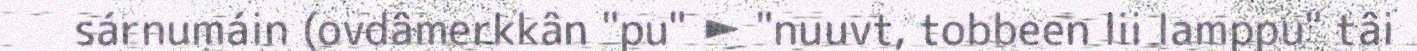
sárnumáin (ovdâmerkkân "pu" ► "nuuvt, tobbeen lii lamppu" tâi